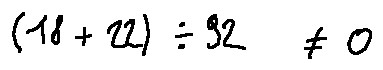
( 1 8 + 2 2 ) \div 9 2 \neq 0